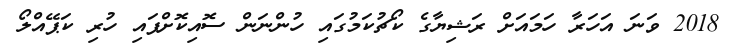
2018 ވަނަ އަހަރާ ހަމައަށް ރަޝިޔާގެ ކޯޗުކަމުގައި ހުންނަން ސޮއިކޮށްފައި ހުރި ކަޕޭއްލޯ